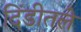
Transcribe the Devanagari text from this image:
दिंडीतले